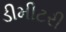
ડીમીટરી